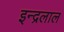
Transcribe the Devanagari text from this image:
इन्द्रलाल